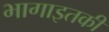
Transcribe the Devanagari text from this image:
भागाइतकी